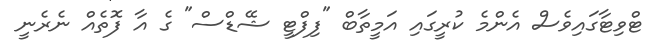
ޓްވިޓާގައިވެސް އެންމެ ކުރީގައި އަމީތާބް "ފިފްޓީ ޝޭޑްސް" ގެ އާ ފޮތެއް ނެރެނީ